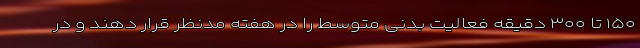
۱۵۰ تا ۳۰۰ دقیقه فعالیت بدنی متوسط را در هفته مدنظر قرار دهند و در